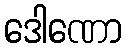
ဒေါဏော